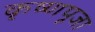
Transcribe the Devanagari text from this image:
कृष्‍णपूजा